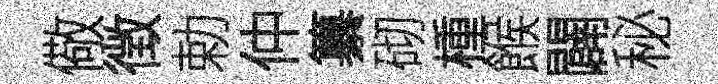
儆徴勅仲纂砌㮔餱闢秘